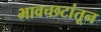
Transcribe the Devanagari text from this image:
भावच्छटांतून